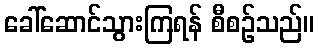
ခေါ်ဆောင်သွားကြရန် စီစဉ်သည်။